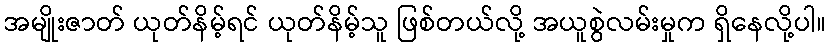
အမျိုးဇာတ် ယုတ်နိမ့်ရင် ယုတ်နိမ့်သူ ဖြစ်တယ်လို့ အယူစွဲလမ်းမှုက ရှိနေလို့ပါ။